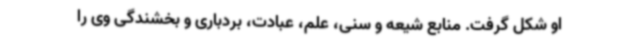
او شکل گرفت. منابع شیعه و سنی، علم، عبادت، بردباری و بخشندگی وی را